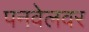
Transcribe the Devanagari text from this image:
पनवेलवर